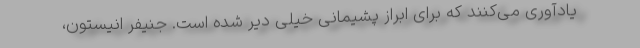
یادآوری می‌کنند که برای ابراز پشیمانی خیلی دیر شده است. جنیفر انیستون،